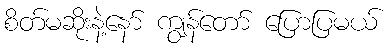
စိတ်မဆိုးနဲ့နော် ကျွန်တော် ပြောပြမယ်